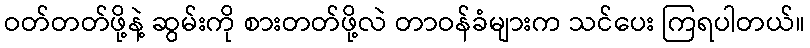
ဝတ်တတ်ဖို့နဲ့ ဆွမ်းကို စားတတ်ဖို့လဲ တာဝန်ခံများက သင်ပေး ကြရပါတယ်။